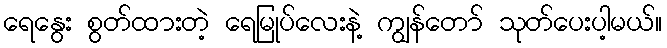
ရေနွေး စွတ်ထားတဲ့ ရေမြုပ်လေးနဲ့ ကျွန်တော် သုတ်ပေးပါ့မယ်။